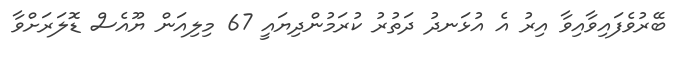
ބޭރުވެފައިވާއިވާ އިރު އެ އުޅަނދު ދަތުރު ކުރަމުންދިޔައީ 67 މިލިއަން ޔޫއެސް ޑޮލަރަށްވާ